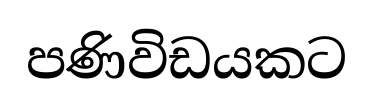
පණිවිඩයකට